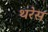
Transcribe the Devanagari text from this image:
थरेस